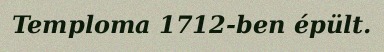
Temploma 1712-ben épült.